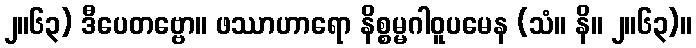
၂။၆၃) ဒီပေတဗ္ဗော။ ဖဿာဟာရော နိစ္စမ္မဂါဝူပမေန (သံ။ နိ။ ၂။၆၃)။